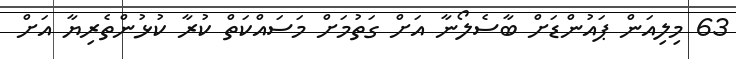
63 މިލިއަން ޕައުންޑަށް ބާސެލޯނާ އަށް ގަތުމަށް މަސައްކަތް ކުރާ ކުޅުންތެރިޔާ އަށް